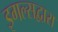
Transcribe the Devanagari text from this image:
इगल्सद्वारा